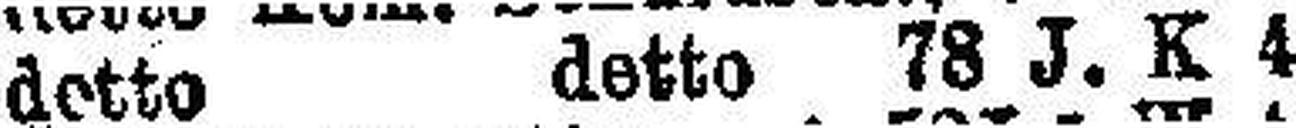
detto detto 78 J. K 4